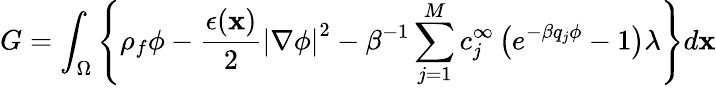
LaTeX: G=\int_{\Omega}\left\{ \rho_{f}\phi-\frac{\epsilon(\mathbf{x})}{2}\left|\nabla\phi\right|^{2}-\beta^{-1}\sum_{j=1}^{M}c_{j}^{\infty}\left(e^{-\beta q_{j}\phi}-1\right)\lambda\right\} d\mathbf{x}